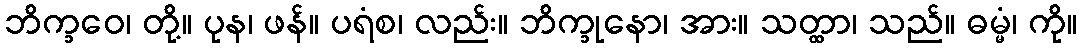
ဘိက္ခဝေ၊ တို့။ ပုန၊ ဖန်။ ပရံစ၊ လည်း။ ဘိက္ခုနော၊ အား။ သတ္ထာ၊ သည်။ ဓမ္မံ၊ ကို။